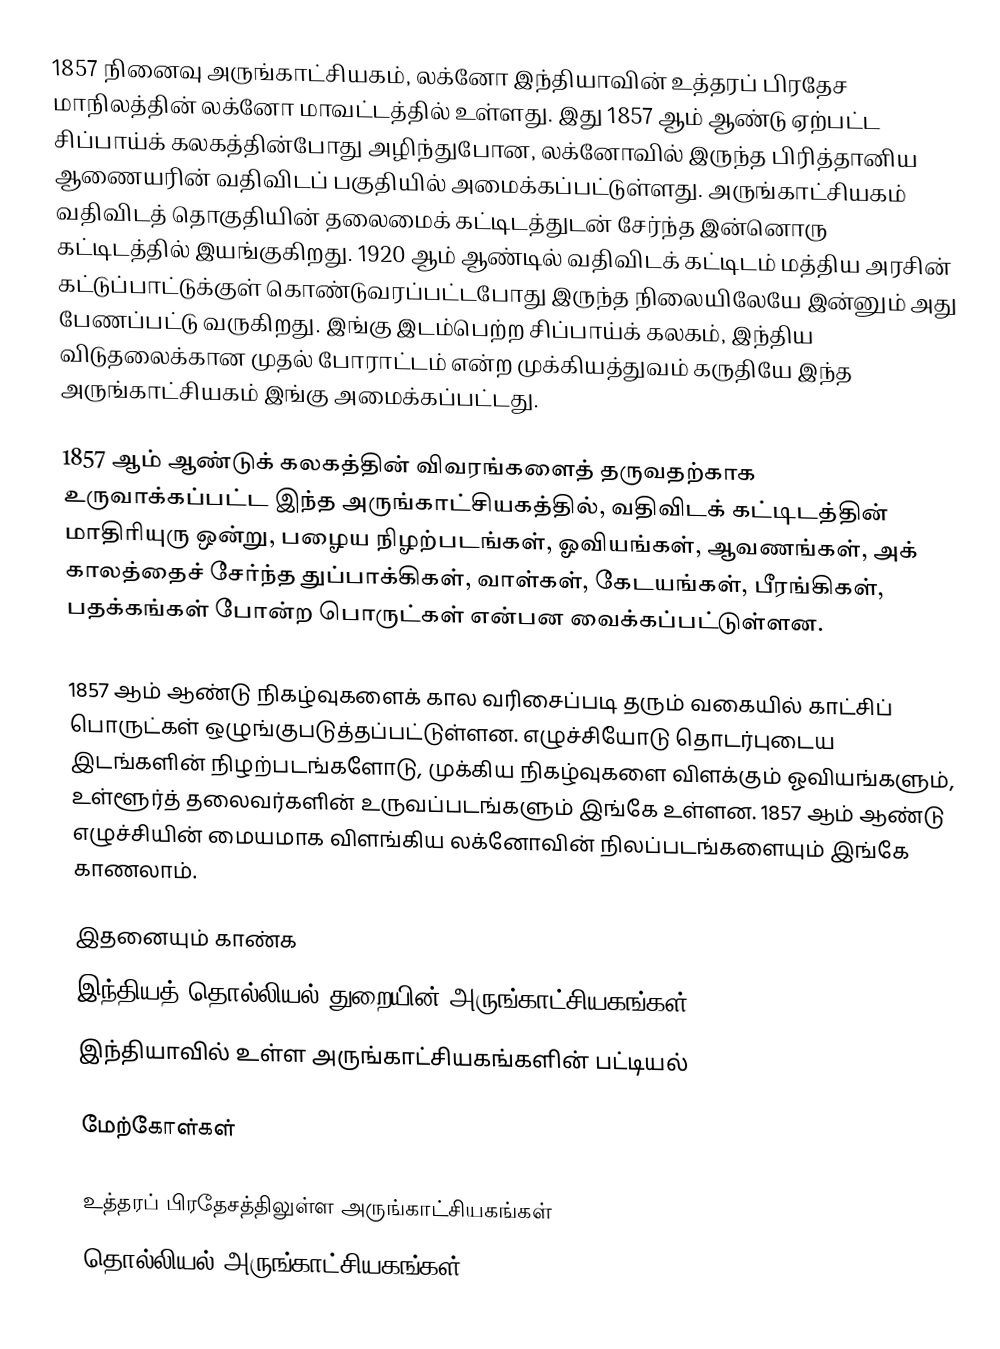
1857 நினைவு அருங்காட்சியகம், லக்னோ இந்தியாவின் உத்தரப் பிரதேச மாநிலத்தின் லக்னோ மாவட்டத்தில் உள்ளது. இது 1857 ஆம் ஆண்டு ஏற்பட்ட சிப்பாய்க் கலகத்தின்போது அழிந்துபோன, லக்னோவில் இருந்த பிரித்தானிய ஆணையரின் வதிவிடப் பகுதியில் அமைக்கப்பட்டுள்ளது. அருங்காட்சியகம் வதிவிடத் தொகுதியின் தலைமைக் கட்டிடத்துடன் சேர்ந்த இன்னொரு கட்டிடத்தில் இயங்குகிறது. 1920 ஆம் ஆண்டில் வதிவிடக் கட்டிடம் மத்திய அரசின் கட்டுப்பாட்டுக்குள் கொண்டுவரப்பட்டபோது இருந்த நிலையிலேயே இன்னும் அது பேணப்பட்டு வருகிறது. இங்கு இடம்பெற்ற சிப்பாய்க் கலகம், இந்திய விடுதலைக்கான முதல் போராட்டம் என்ற முக்கியத்துவம் கருதியே இந்த அருங்காட்சியகம் இங்கு அமைக்கப்பட்டது.

1857 ஆம் ஆண்டுக் கலகத்தின் விவரங்களைத் தருவதற்காக உருவாக்கப்பட்ட இந்த அருங்காட்சியகத்தில், வதிவிடக் கட்டிடத்தின் மாதிரியுரு ஒன்று, பழைய நிழற்படங்கள், ஓவியங்கள், ஆவணங்கள், அக் காலத்தைச் சேர்ந்த துப்பாக்கிகள், வாள்கள், கேடயங்கள், பீரங்கிகள், பதக்கங்கள் போன்ற பொருட்கள் என்பன வைக்கப்பட்டுள்ளன.

1857 ஆம் ஆண்டு நிகழ்வுகளைக் கால வரிசைப்படி தரும் வகையில் காட்சிப் பொருட்கள் ஒழுங்குபடுத்தப்பட்டுள்ளன. எழுச்சியோடு தொடர்புடைய இடங்களின் நிழற்படங்களோடு, முக்கிய நிகழ்வுகளை விளக்கும் ஓவியங்களும், உள்ளூர்த் தலைவர்களின் உருவப்படங்களும் இங்கே உள்ளன. 1857 ஆம் ஆண்டு எழுச்சியின் மையமாக விளங்கிய லக்னோவின் நிலப்படங்களையும் இங்கே காணலாம்.

இதனையும் காண்க
 இந்தியத் தொல்லியல் துறையின் அருங்காட்சியகங்கள்
இந்தியாவில் உள்ள அருங்காட்சியகங்களின் பட்டியல்

மேற்கோள்கள்

உத்தரப் பிரதேசத்திலுள்ள அருங்காட்சியகங்கள்
தொல்லியல் அருங்காட்சியகங்கள்